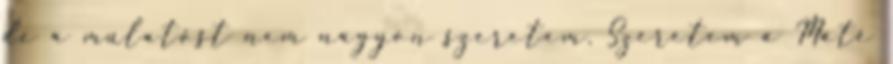
de a mulatóst nem nagyon szeretem. Szeretem a Máté